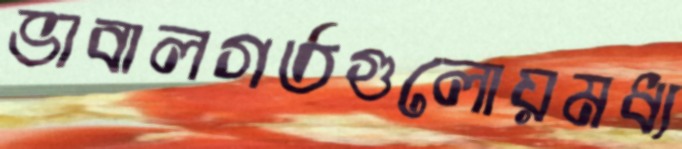
ভাবালগর্তগুলোয়মধ্য